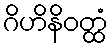
ဂိဟိနိဝတ္ထံ